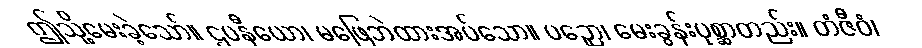
ဤသို့မေးခဲ့သော်။ ဌပနီယော၊ မဖြေဘဲထားအပ်သော။ ပဉှော၊ မေးခွန်းပုစ္ဆာတည်း။ တံဇီဝံ၊